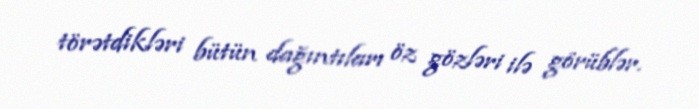
törətdikləri bütün dağıntıları öz gözləri ilə görüblər.